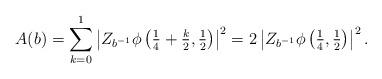
LaTeX: \begin{align*}A(b) = \sum_{k = 0}^{1} \left| Z_{b^{-1}} \phi \left( \tfrac{1}{4}+\tfrac{k}{2}, \tfrac{1}{2} \right) \right|^2 = 2 \left| Z_{b^{-1}} \phi \left( \tfrac{1}{4}, \tfrac{1}{2} \right) \right|^2.\end{align*}